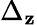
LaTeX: \Delta_{\mathbf{z}}